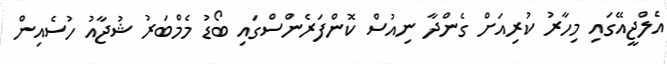
އެލްޖީއޭގައި މިހާރު ކުރިއަށް ގެންދާ ނިއުސް ކޮންފަރެންސްގައި ބޯޑު މެމްބަރު ޝުޖާއު ހުސެއިން